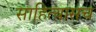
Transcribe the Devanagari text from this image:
साहित्यासच